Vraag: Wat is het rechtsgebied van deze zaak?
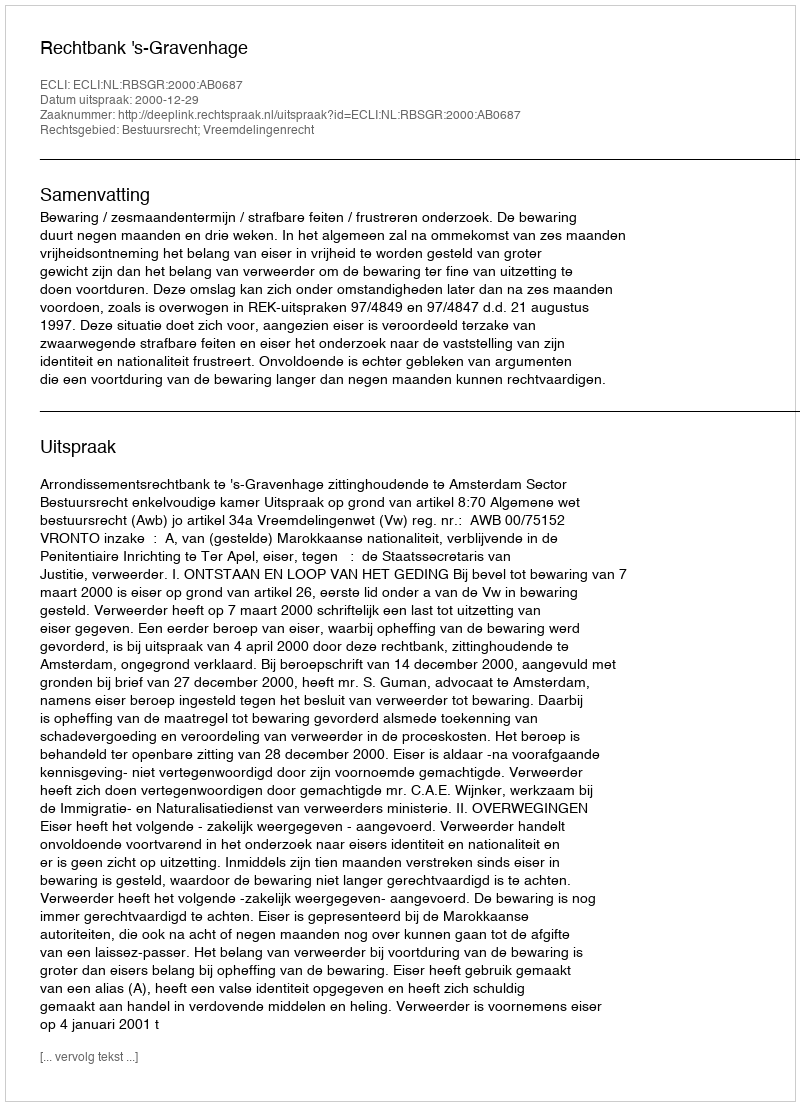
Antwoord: Bestuursrecht; Vreemdelingenrecht